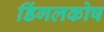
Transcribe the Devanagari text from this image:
डिंगलकोष